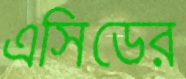
এসিডের